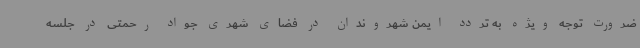
ضرورت توجه ویژه به تردد ایمن شهروندان در فضای شهری جواد رحمتی در جلسه